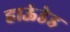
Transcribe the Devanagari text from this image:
हाऊंडेड